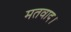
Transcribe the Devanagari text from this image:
मतवाद।